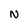
Character: N